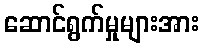
ဆောင်ရွက်မှုများအား